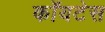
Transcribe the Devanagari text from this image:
कॉयटेस